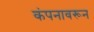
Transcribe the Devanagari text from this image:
कंपनावरून